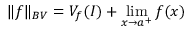
\| f \| _ { B V } = V _ { f } ( I ) + \lim _ { x \to a ^ { + } } f ( x )